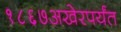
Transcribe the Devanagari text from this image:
१८६७अखेरपर्यंत